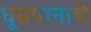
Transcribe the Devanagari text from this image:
धूम्रपानाचे